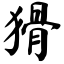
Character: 猾